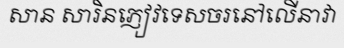
សាន សារិនភ្ញៀវទេសចរនៅលើនាវា